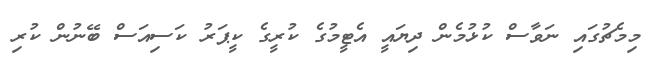
މިމެޗުގައި ނަވާސް ކުޅުމެން ދިޔައީ އެޓީމުގެ ކުރީގެ ކީޕަރު ކަސިއަސް ބޭނުން ކުރި